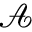
\mathcal { A }